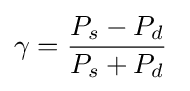
\gamma ={\frac {P_{s}-P_{d}}{P_{s}+P_{d}}}\